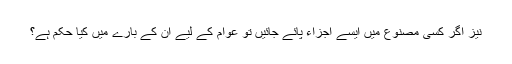
نیز اگر کسی مصنوع میں ایسے اجزاء پائے جائیں تو عوام کے لیے اُن کے بارے میں کیا حکم ہے؟